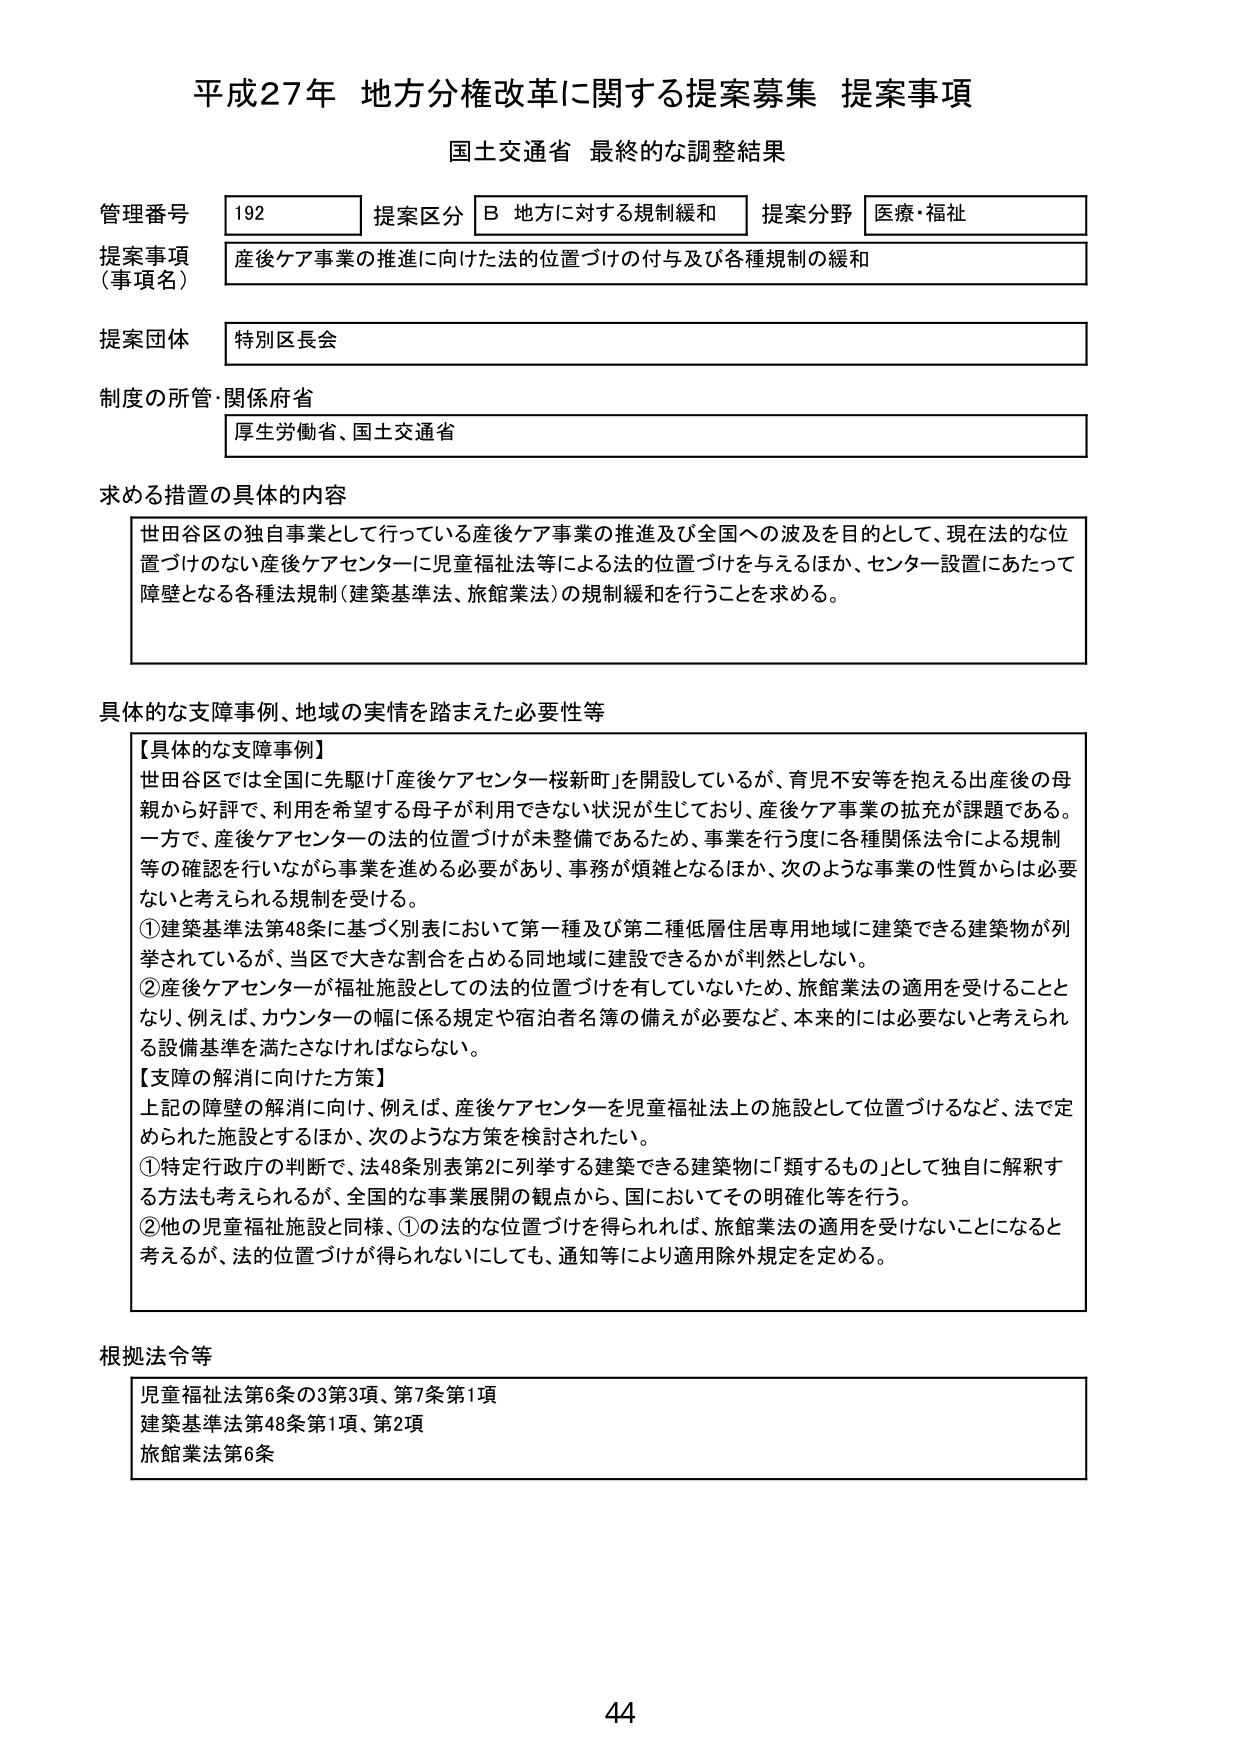
平成27年 地方分権改革に関する提案募集 提案事項
国土交通省 最終的な調整結果

管理番号 192 提案区分 B 地方に対する規制緩和 提案分野 医療・福祉
提案事項（事項名） 産後ケア事業の推進に向けた法的位置づけの付与及び各種規制の緩和
提案団体 特別区長会
制度の所管・関係府省 厚生労働省、国土交通省

求める措置の具体的内容
世田谷区の独自事業として行っている産後ケア事業の推進及び全国への波及を目的として、現在法的な位置づけのない産後ケアセンターに児童福祉法等による法的位置づけを与えるほか、センター設置にあたって障壁となる各種法規制（建築基準法、旅館業法）の規制緩和を行うことを求める。

具体的な支障事例、地域の実情を踏まえた必要性等
【具体的な支障事例】
世田谷区では全国に先駆け「産後ケアセンター桜新町」を開設しているが、育児不安等を抱える出産後の母親から好評で、利用を希望する母子が利用できない状況が生じており、産後ケア事業の拡充が課題である。
一方で、産後ケアセンターの法的位置づけが未整備であるため、事業を行う度に各種関係法令による規制等の確認を行いながら事業を進める必要があり、事務が煩雑となるほか、次のような事業の性質からは必要ないと考えられる規制を受ける。
①建築基準法第48条に基づく別表において第一種及び第二種低層居住専用地域に建築できる建築物が列挙されているが、当区で大きな割合を占める同地域に建設できるかが判然としない。
②産後ケアセンターが福祉施設としての法的位置づけを有していないため、旅館業法の適用を受けることとなり、例えば、カウンターの幅に係る規定や宿泊者名簿の備えが必要など、本来的には必要ないと考えられる設備基準を満たさなければならない。
【支障の解消に向けた方策】
上記の障壁の解消に向け、例えば、産後ケアセンターを児童福祉法上の施設として位置づけるなど、法で定められた施設とするほか、次のような方策を検討されたい。
①特定行政庁の判断で、法48条別表第2に列挙する建築できる建築物に「類するもの」として独自に解釈する方法も考えられるが、全国的な事業展開の観点から、国においてその明確化等を行う。
②他の児童福祉施設と同様、①の法的な位置づけを得られれば、旅館業法の適用を受けないことになると考えるが、法的位置づけが得られないにしても、通知等により適用除外規定を定める。

根拠法令等
児童福祉法第6条の3第3項、第7条第1項
建築基準法第48条第1項、第2項
旅館業法第6条

44